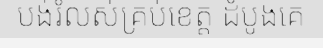
បង់រំលស់គ្រប់ខេត្ត ដំបូងគេ